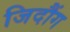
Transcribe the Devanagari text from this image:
जिदौंग